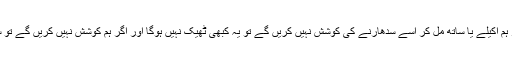
دراصل پورا سسٹم اتنا بگڑ چکا ہے کہ اگر ہم اکیلے یا ساتھ مل کر اسے سدھارنے کی کوشش نہیں کریں گے تو یہ کبھی ٹھیک نہیں ہوگا اور اگر ہم کوشش نہیں کریں گے تو سوال یہ پیدا ہوتا ہے کہ اور کون کرے گا؟